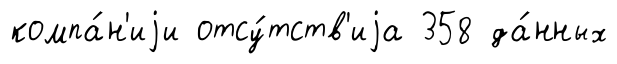
компа́н'иjи отсу́тств'иjа 358 да́нных